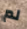
لم